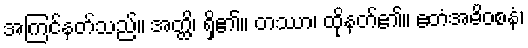
အကြင်နတ်သည်။ အတ္ထိ၊ ရှိ၏။ တဿာ၊ ထိုနတ်၏။ ဧတံအဓိဝစနံ၊